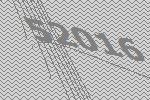
52016